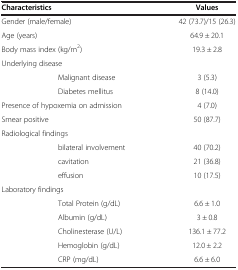
<table><thead><tr><td colspan="2"><b>Characteristics</b></td><td><b>Values</b></td></tr></thead><tbody><tr><td colspan="2">Gender (male/female)</td><td>42 (73.7)/15 (26.3)</td></tr><tr><td colspan="2">Age (years)</td><td>64.9 ± 20.1</td></tr><tr><td colspan="2">Body mass index (kg/m<sup>2</sup>)</td><td>19.3 ± 2.8</td></tr><tr><td colspan="2">Underlying disease</td><td> </td></tr><tr><td> </td><td>Malignant disease</td><td>3 (5.3)</td></tr><tr><td> </td><td>Diabetes mellitus</td><td>8 (14.0)</td></tr><tr><td colspan="2">Presence of hypoxemia on admission</td><td>4 (7.0)</td></tr><tr><td colspan="2">Smear positive</td><td>50 (87.7)</td></tr><tr><td colspan="2">Radiological findings</td><td> </td></tr><tr><td> </td><td>bilateral involvement</td><td>40 (70.2)</td></tr><tr><td> </td><td>cavitation</td><td>21 (36.8)</td></tr><tr><td> </td><td>effusion</td><td>10 (17.5)</td></tr><tr><td colspan="2">Laboratory findings</td><td> </td></tr><tr><td> </td><td>Total Protein (g/dL)</td><td>6.6 ± 1.0</td></tr><tr><td> </td><td>Albumin (g/dL)</td><td>3 ± 0.8</td></tr><tr><td> </td><td>Cholinesterase (U/L)</td><td>136.1 ± 77.2</td></tr><tr><td> </td><td>Hemoglobin (g/dL)</td><td>12.0 ± 2.2</td></tr><tr><td> </td><td>CRP (mg/dL)</td><td>6.6 ± 6.0</td></tr></tbody></table>